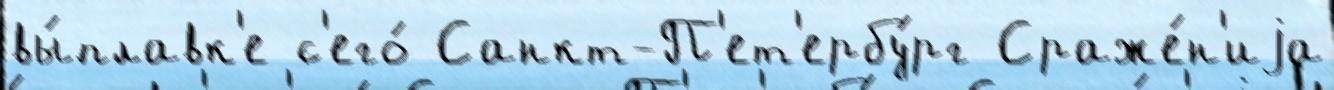
вы́плавк'е с'его́ Санкт-П'ет'ербу́рг Сраже́н'иjа